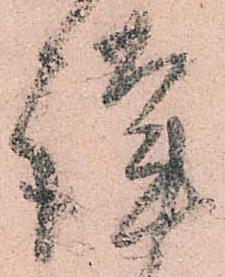
謹